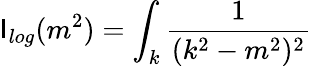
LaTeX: \mathsf{I}_{log}(m^{2})=\int_{k}\frac{{1}}{{(k^{2}-m^{2})^{2}}}